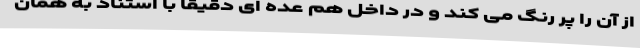
از آن را پر رنگ می کند و در داخل هم عده ای دقیقاً با استناد به همان